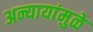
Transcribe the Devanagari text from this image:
अन्यायांमुळे